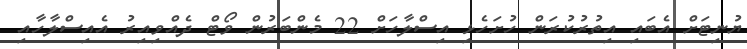
ޔުނިޓަށް އެބައި އިތުރުކުރަން ހުށަހެޅި އިސްލާހަށް 22 މެންބަރުން ވޯޓް ދެއްވިއިރު އެއިސްލާހާއި